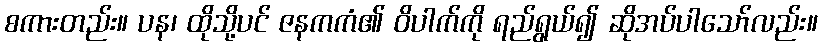
စကားတည်း။ ပန၊ ထိုသို့ပင် ဇနကကံ၏ ဝိပါက်ကို ရည်ရွယ်၍ ဆိုအပ်ပါသော်လည်း။